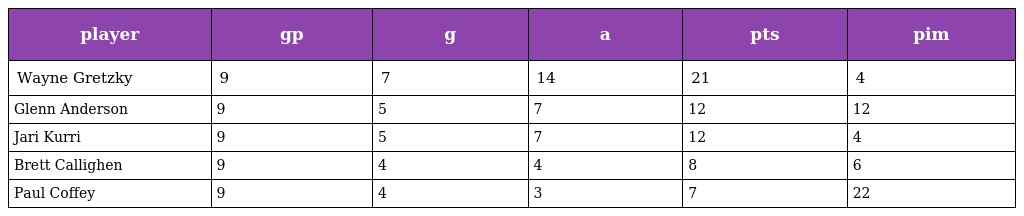
| player | gp | g | a | pts | pim |
 | --- | --- | --- | --- | --- | --- |
 | Wayne Gretzky | 9 | 7 | 14 | 21 | 4 |
 | Glenn Anderson | 9 | 5 | 7 | 12 | 12 |
 | Jari Kurri | 9 | 5 | 7 | 12 | 4 |
 | Brett Callighen | 9 | 4 | 4 | 8 | 6 |
 | Paul Coffey | 9 | 4 | 3 | 7 | 22 |